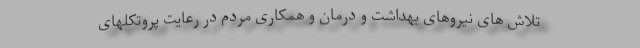
تلاش های نیروهای بهداشت و درمان و همکاری مردم در رعایت پروتکلهای